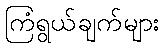
ကြံရွယ်ချက်များ